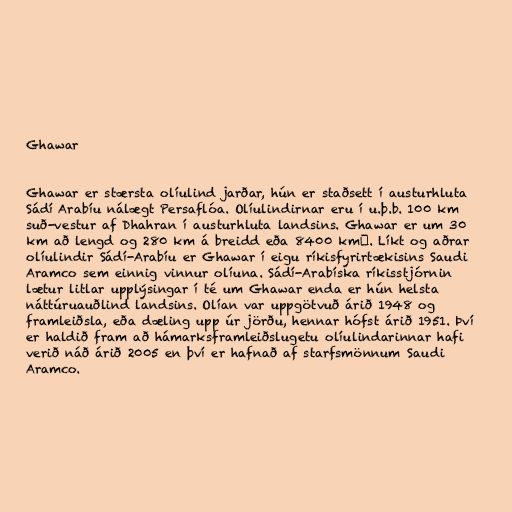
Ghawar

Ghawar er stærsta olíulind jarðar, hún er staðsett í austurhluta
Sádí Arabíu nálægt Persaflóa. Olíulindirnar eru í u.þ.b. 100 km
suð-vestur af Dhahran í austurhluta landsins. Ghawar er um 30
km að lengd og 280 km á breidd eða 8400 km². Líkt og aðrar
olíulindir Sádí-Arabíu er Ghawar í eigu ríkisfyrirtækisins Saudi
Aramco sem einnig vinnur olíuna. Sádí-Arabíska ríkisstjórnin
lætur litlar upplýsingar í té um Ghawar enda er hún helsta
náttúruauðlind landsins. Olían var uppgötvuð árið 1948 og
framleiðsla, eða dæling upp úr jörðu, hennar hófst árið 1951. Því
er haldið fram að hámarksframleiðslugetu olíulindarinnar hafi
verið náð árið 2005 en því er hafnað af starfsmönnum Saudi
Aramco.